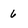
Character: 6